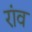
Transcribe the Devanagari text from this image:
रांव